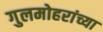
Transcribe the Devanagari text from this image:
गुलमोहरांच्या